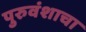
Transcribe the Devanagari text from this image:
पुरुवंशाचा